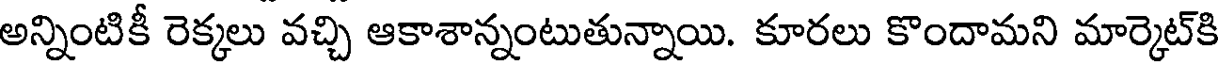
అన్నింటికీ రెక్కలు వచ్చి ఆకాశాన్నంటుతున్నాయి. కూరలు కొందామని మార్కెట్కి